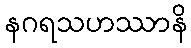
နဂရသဟဿာနိ